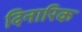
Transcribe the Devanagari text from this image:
दिनारिक